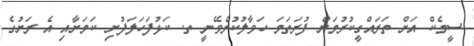
ސީމެކް އަށް ތަރައްގީކުރުމަށް ފުރަތަމަ ހަވާލުކުރެވޭނީ ތ. ކަޅުފަހަލަފުށި ކަމަށާއި އެ ރަށުގެ